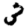
Digit: 3